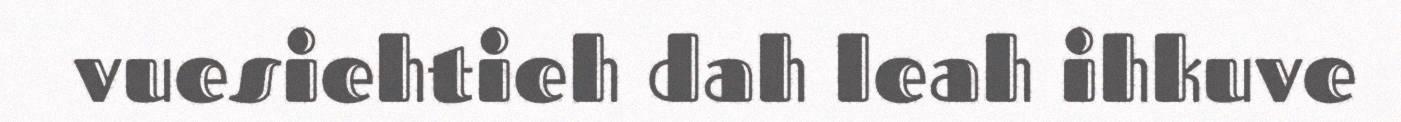
vuesiehtieh dah leah ihkuve